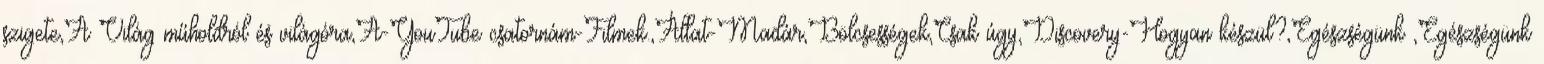
szigete,A Világ műholdról és világóra,A-YouTube csatornám-Filmek.,Állat-Madár,Bölcsességek,Csak úgy,Discovery-Hogyan készül?,Egészségünk ,Egészségünk